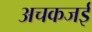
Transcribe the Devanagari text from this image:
अचकजई